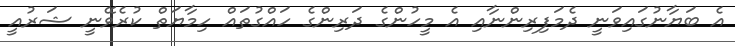
އެ ބަޔާނުގައިވަނީ ދެމަފިރިންނާއި އެ މީހުންގެ ދަރިންގެ ހައްގުތައް ހިމާޔަތް ކުރެވޭނީ ޝަރުއީ